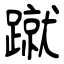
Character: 蹴